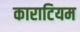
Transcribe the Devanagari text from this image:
काराटियम